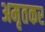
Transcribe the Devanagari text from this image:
अमृतकर